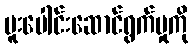
ပူးပေါင်းဆောင်ရွက်မှုကို